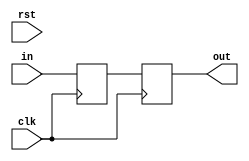
`timescale 1ns / 1ps

module delay(clk,rst,in,out);
input clk;
input rst;
input in;
output out;

parameter N = 2;

generate
	if (N == 0) begin : gen_delay_block
		assign out = in;
	end
	else if (N == 1) begin
(*mark_debug="true"*)reg				delay_line;

		always @ (posedge clk)
		begin
			delay_line 	<= in;
		end

		assign out = delay_line;
	end
	else begin
		genvar i;
(*mark_debug="true"*)reg		[N-1:0]		delay_line;

		always @ (posedge clk)
		begin
			delay_line [0]	<= in;
		end

		for (i=1; i < N; i=i+1) begin:gen_delay_line
			always @ (posedge clk)
			begin
				delay_line [i]	<= delay_line [i-1];
			end
		end

		assign	out = delay_line [N-1];
	end
endgenerate


endmodule